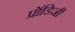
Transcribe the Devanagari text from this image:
प्रॉडिजी